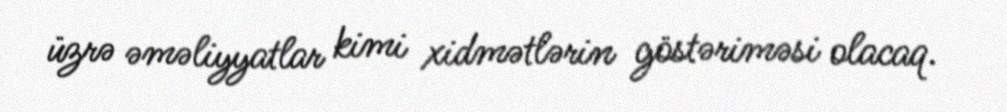
üzrə əməliyyatlar kimi xidmətlərin göstəriməsi olacaq.